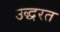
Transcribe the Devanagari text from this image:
उद्धरत